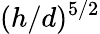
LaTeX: (h/d)^{5/2}